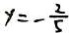
y = - \frac { 2 } { 5 }